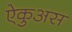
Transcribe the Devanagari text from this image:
ऐकुअस